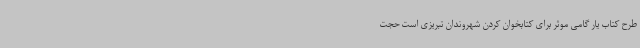
طرح کتاب یار گامی موثر برای کتابخوان کردن شهروندان تبریزی است حجت